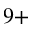
^ { 9 + }